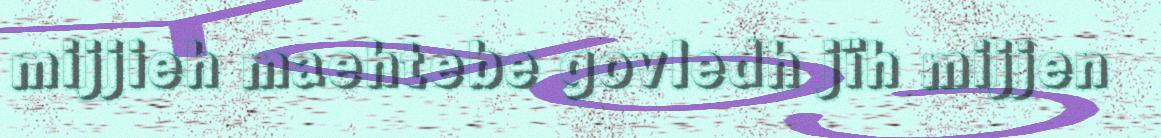
mijjieh maehtebe govledh jïh mijjen